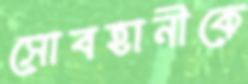
সোবহানীকে